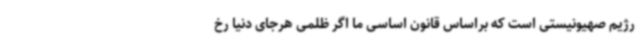
رژیم صهیونیستی است که براساس قانون اساسی ما اگر ظلمی هرجای دنیا رخ